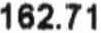
162.71